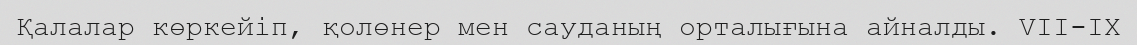
Қалалар көркейіп, қолөнер мен сауданың орталығына айналды. VII-IX